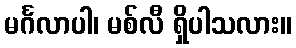
မင်္ဂလာပါ၊ မစ်လီ ရှိပါသလား။